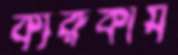
কারুকার্য